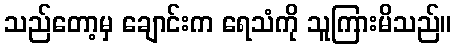
သည်တော့မှ ချောင်းက ရေသံကို သူကြားမိသည်။